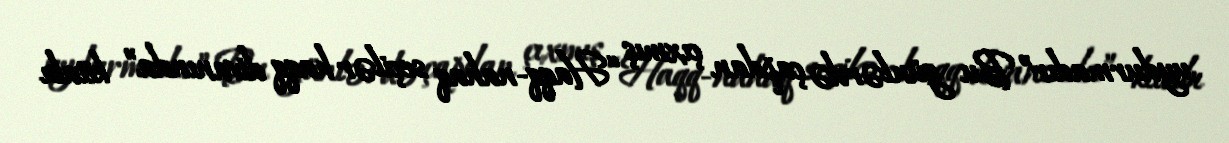
uydurmadır” Bu günlərdə çapdan çıxmış “Haqq-nahaq seçilər haqq divanında” kitabı